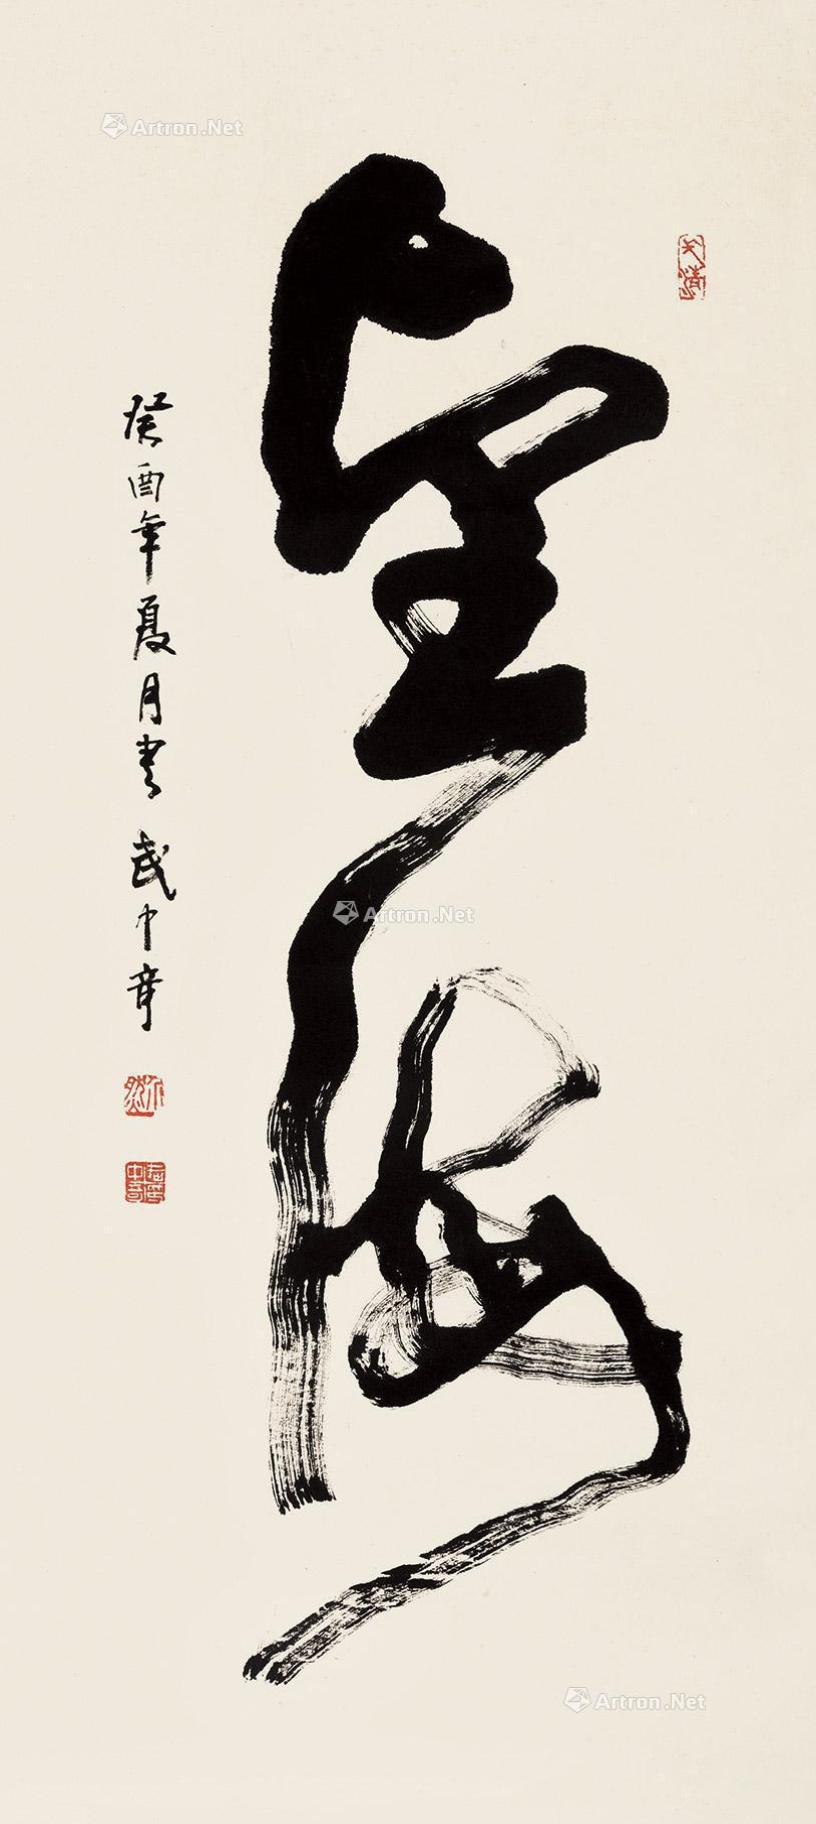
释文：望海癸酉（1993）年夏月书武中奇